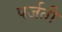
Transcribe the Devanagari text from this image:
पर्जती